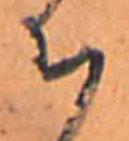
ち